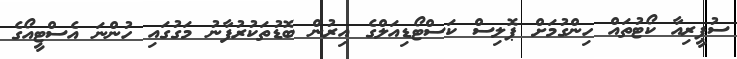
ސުޕީރިއާ ކޯޓުތައް ހިންގުމަށް ޕޮލިސް ކަސްޓޯޑިއަލްގެ އިރުން ބޮޑުތަކުރުފާނު މަގުގައި ހުންނަ އެސްޓީއޯގެ